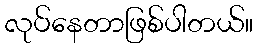
လုပ်နေတာဖြစ်ပါတယ်။